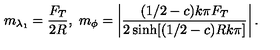
m _ { \lambda _ { 1 } } = \frac { F _ { T } } { 2 R } , \ m _ { \phi } = \left| \frac { ( 1 / 2 - c ) k \pi F _ { T } } { 2 \sinh [ ( 1 / 2 - c ) R k \pi ] } \right| .